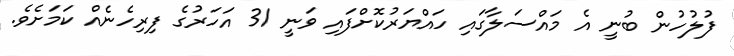
ފުލުހުން ބުނީ އެ މައްސަލާގައި ހައްޔަރުކޮށްފައި ވަނީ 31 އަހަރުގެ ފިރިހެނެއް ކަމަށެވެ.